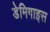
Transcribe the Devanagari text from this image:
डेमिगाइस